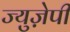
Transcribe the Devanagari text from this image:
ज्युज़ेपी